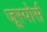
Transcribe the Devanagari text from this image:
जूस्पोर्स